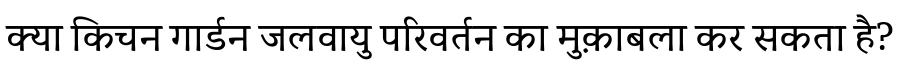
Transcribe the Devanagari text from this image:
क्या किचन गार्डन जलवायु परिवर्तन का मुक़ाबला कर सकता है?